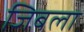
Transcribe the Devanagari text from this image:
जिबला